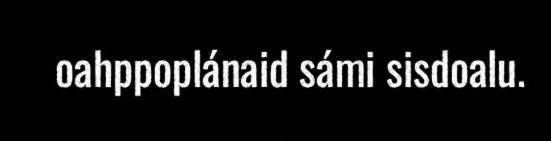
oahppoplánaid sámi sisdoalu.